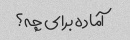
آماده برای چه؟